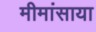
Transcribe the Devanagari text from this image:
मीमांसाया